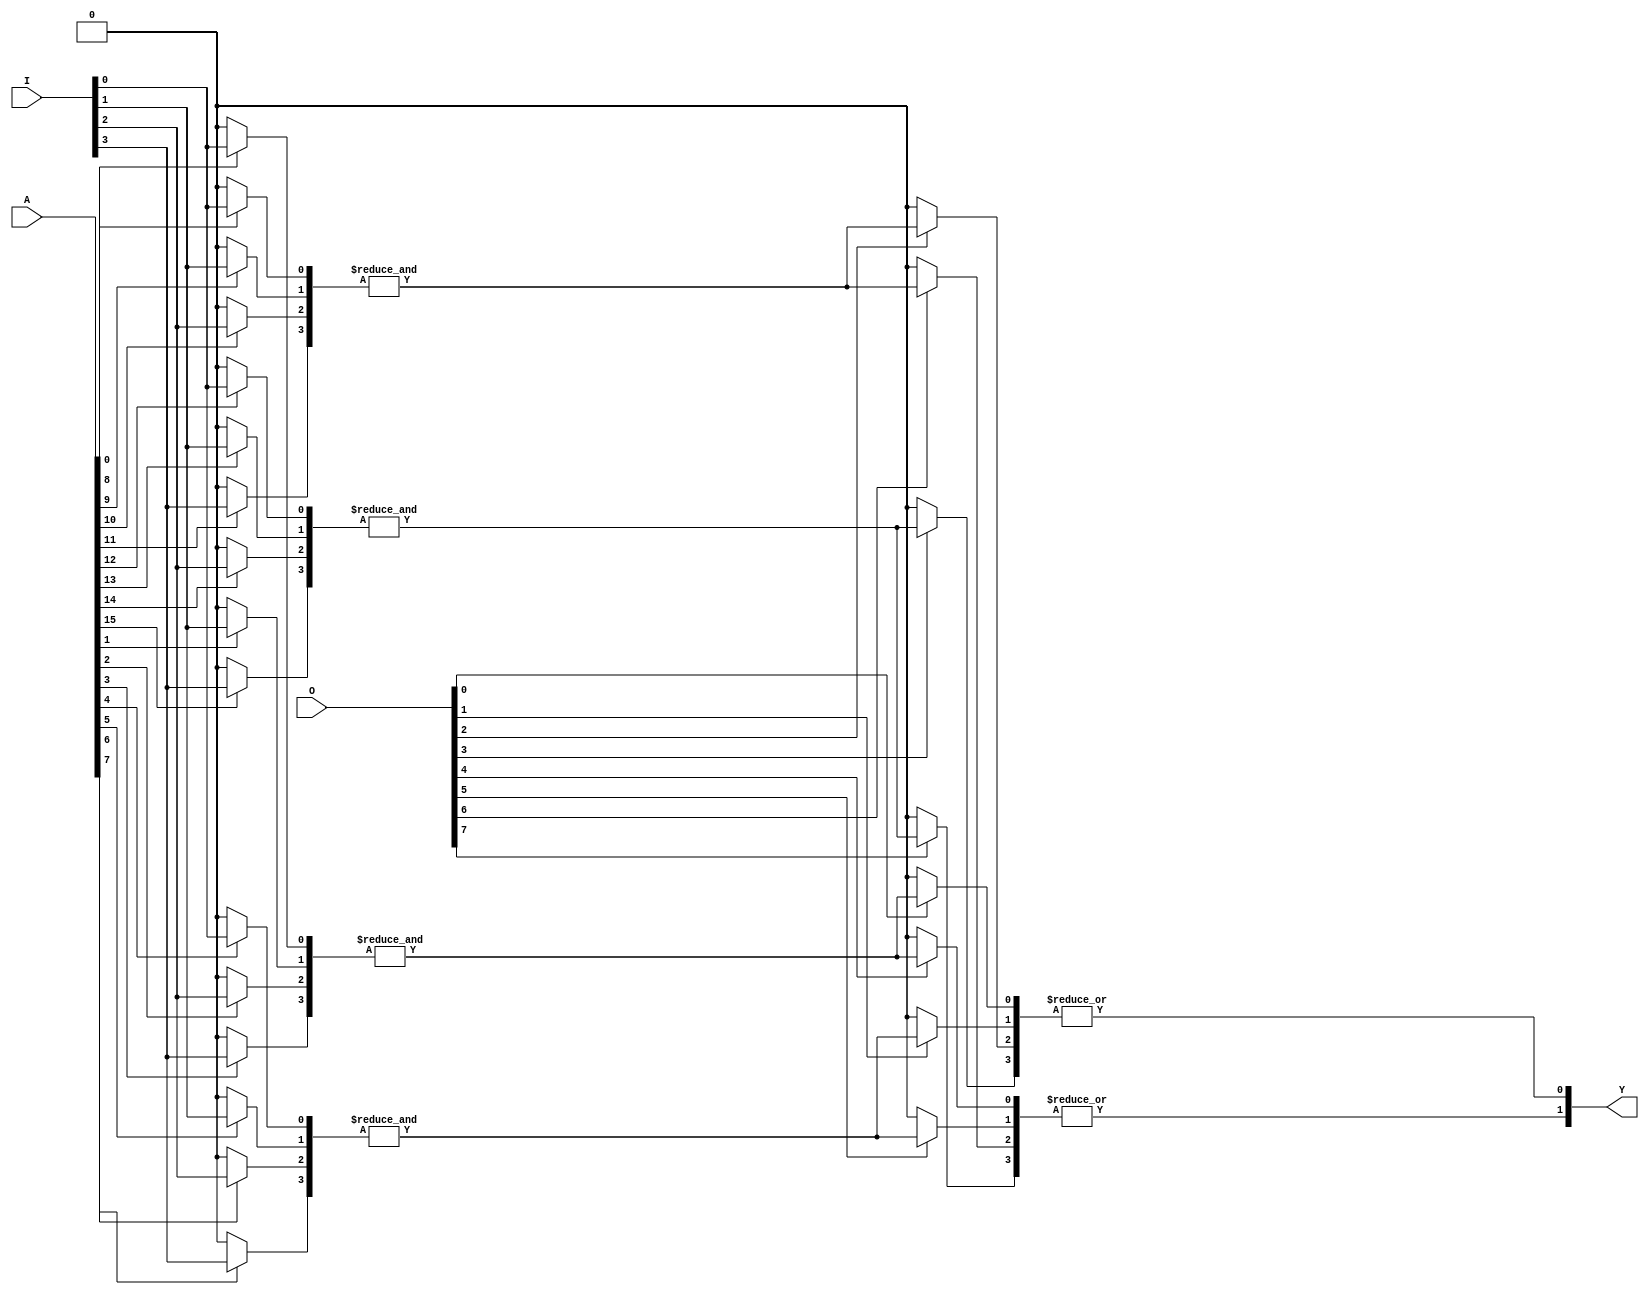
module PLA #(
    parameter N = 4, // Number of inputs
    parameter M = 4, // Number of AND gates
    parameter K = 2  // Number of OR gates
)(
    input  [N-1:0] I,       // Input signals
    input  [M*N-1:0] A,     // Programming connections for AND gates (fuse connections)
    input  [K*M-1:0] O,     // Programming connections for OR gates (fuse connections)
    output [K-1:0] Y        // Output signals
);

    // Internal signals for product terms from AND gates
    wire [M-1:0] P; // Product terms from AND gates

    // Generate AND gates
    genvar i, j;
    generate
        for (i = 0; i < M; i = i + 1) begin : and_gates
            wire [N-1:0] and_inputs;
            // Connect inputs to AND gate based on fuse connections
            for (j = 0; j < N; j = j + 1) begin : input_connections
                assign and_inputs[j] = A[i*N + j] ? I[j] : 1'b0; // If fuse is intact, connect input
            end
            // AND gate logic
            assign P[i] = &and_inputs; // AND all inputs for this gate
        end
    endgenerate

    // Internal signals for OR gates
    wire [K-1:0] or_inputs [0:M-1]; // Inputs to OR gates

    // Generate OR gates
    generate
        for (j = 0; j < K; j = j + 1) begin : or_gates
            wire [M-1:0] or_terms;
            // Connect product terms to OR gate based on fuse connections
            for (i = 0; i < M; i = i + 1) begin : product_connections
                assign or_terms[i] = O[j*M + i] ? P[i] : 1'b0; // If fuse is intact, connect product term
            end
            // OR gate logic
            assign Y[j] = |or_terms; // OR all inputs for this gate
        end
    endgenerate

endmodule